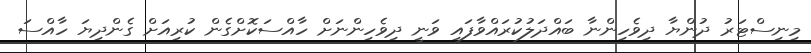
މިނިސްޓަރު ދުންޔާ ދިވެހިންނާ ބައްދަލުކުރައްވާފައި ވަނީ ދިވެހިންނަށް ހާއްސަކޮށްގެން ކުރިއަށް ގެންދިޔަ ހާއްސަ